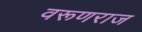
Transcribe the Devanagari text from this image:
वरूणराज